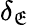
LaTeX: \delta_{\mathfrak{E}}